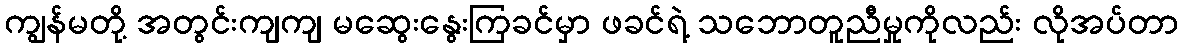
ကျွန်မတို့ အတွင်းကျကျ မဆွေးနွေးကြခင်မှာ ဖခင်ရဲ့ သဘောတူညီမှုကိုလည်း လိုအပ်တာ